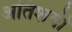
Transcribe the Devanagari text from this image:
अतिशयी